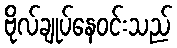
ဗိုလ်ချုပ်နေဝင်းသည်